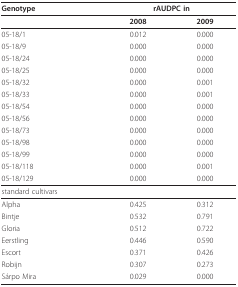
<table><thead><tr><td><b>Genotype</b></td><td colspan="2"><b>rAUDPC in</b></td></tr></thead><tbody><tr><td></td><td><b>2008</b></td><td><b>2009</b></td></tr><tr><td>05-18/1</td><td>0.012</td><td>0.000</td></tr><tr><td>05-18/9</td><td>0.000</td><td>0.000</td></tr><tr><td>05-18/24</td><td>0.000</td><td>0.000</td></tr><tr><td>05-18/25</td><td>0.000</td><td>0.000</td></tr><tr><td>05-18/32</td><td>0.000</td><td>0.001</td></tr><tr><td>05-18/33</td><td>0.000</td><td>0.001</td></tr><tr><td>05-18/54</td><td>0.000</td><td>0.000</td></tr><tr><td>05-18/56</td><td>0.000</td><td>0.000</td></tr><tr><td>05-18/73</td><td>0.000</td><td>0.000</td></tr><tr><td>05-18/98</td><td>0.000</td><td>0.000</td></tr><tr><td>05-18/99</td><td>0.000</td><td>0.000</td></tr><tr><td>05-18/118</td><td>0.000</td><td>0.001</td></tr><tr><td>05-18/129</td><td>0.000</td><td>0.000</td></tr><tr><td>standard cultivars</td><td></td><td></td></tr><tr><td>Alpha</td><td>0.425</td><td>0.312</td></tr><tr><td>Bintje</td><td>0.532</td><td>0.791</td></tr><tr><td>Gloria</td><td>0.512</td><td>0.722</td></tr><tr><td>Eerstling</td><td>0.446</td><td>0.590</td></tr><tr><td>Escort</td><td>0.371</td><td>0.426</td></tr><tr><td>Robijn</td><td>0.307</td><td>0.273</td></tr><tr><td>Sárpo Mira</td><td>0.029</td><td>0.000</td></tr></tbody></table>